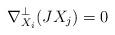
LaTeX: \begin{align*}\nabla_{X_i}^{\perp}(JX_j)=0\end{align*}